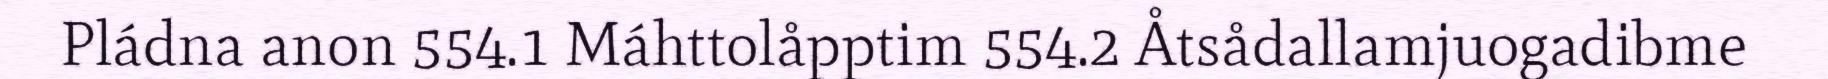
Pládna anon 554.1 Máhttolåpptim 554.2 Åtsådallamjuogadibme